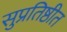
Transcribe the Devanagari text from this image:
सुप्रतिष्ठीत